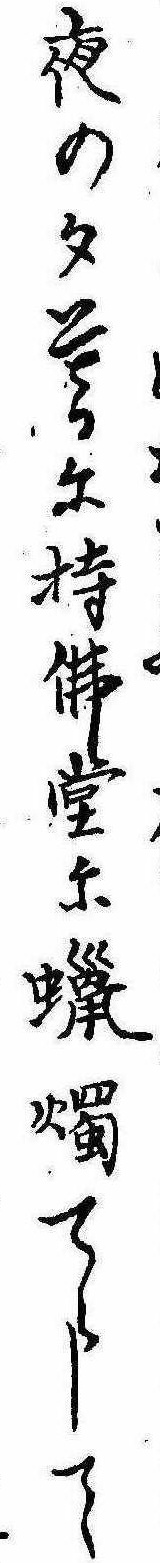
夜の夕暮に持仏堂に蝋燭てらして